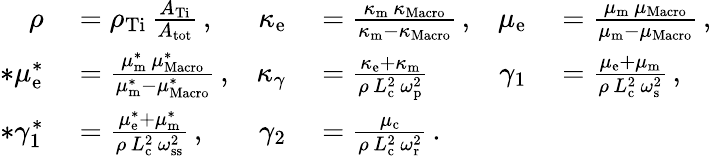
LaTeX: \begin{array}{rlrlrl}{\rho}&{{}=\rho_{\mathrm{Ti}}\, \frac{A_{\mathrm{Ti}}}{A_{\mathrm{tot}}}\, ,}&{\kappa_{\mathrm{e}}}&{{}=\frac{\kappa_{\mathrm{m}}\, \kappa_{\mathrm{Macro}}}{\kappa_{\mathrm{m}}-\kappa_{\mathrm{Macro}}}\, ,}&{\mu_{\mathrm{e}}}&{{}=\frac{\mu_{\mathrm{m}}\, \mu_{\mathrm{Macro}}}{\mu_{\mathrm{m}}-\mu_{\mathrm{Macro}}}\, ,}\\ {*\mu_{\mathrm{e}}^{*}}&{{}=\frac{\mu_{\mathrm{m}}^{*}\, \mu_{\mathrm{Macro}}^{*}}{\mu_{\mathrm{m}}^{*}-\mu_{\mathrm{Macro}}^{*}}\, ,}&{\kappa_{\gamma}}&{{}=\frac{\kappa_{\mathrm{e}}+\kappa_{\mathrm{m}}}{\rho\, L_{\mathrm{c}}^{2}\, \omega_{\mathrm{p}}^{2}}}&{\gamma_{1}}&{{}=\frac{\mu_{\mathrm{e}}+\mu_{\mathrm{m}}}{\rho\, L_{\mathrm{c}}^{2}\, \omega_{\mathrm{s}}^{2}}\, ,}\\ {*\gamma_{1}^{*}}&{{}=\frac{\mu_{\mathrm{e}}^{*}+\mu_{\mathrm{m}}^{*}}{\rho\, L_{\mathrm{c}}^{2}\, \omega_{\mathrm{ss}}^{2}}\, ,}&{\gamma_{2}}&{{}=\frac{\mu_{\mathrm{c}}}{\rho\, L_{\mathrm{c}}^{2}\, \omega_{\mathrm{r}}^{2}}\, .}\end{array}